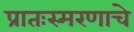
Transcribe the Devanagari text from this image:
प्रातःस्मरणाचे